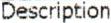
DESCRIPTION